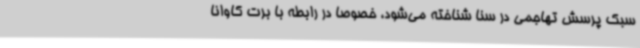
سبک پرسش تهاجمی در سنا شناخته می‌شود، خصوصا در رابطه با برت کاوانا